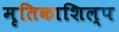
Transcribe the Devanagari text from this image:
मृतिकाशिल्प